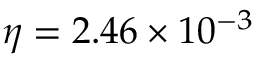
\eta = 2 . 4 6 \times 1 0 ^ { - 3 }